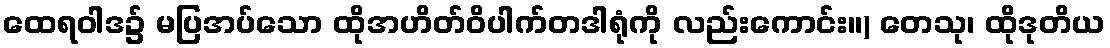
ထေရဝါဒ၌ မပြအပ်သော ထိုအဟိတ်ဝိပါက်တဒါရုံကို လည်းကောင်း။) တေသု၊ ထိုဒုတိယ